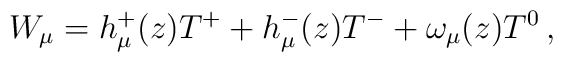
W_\mu = h_{\mu}^+ (z) T^+ + h_{\mu}^- (z) T^- +\omega_\mu (z) T^0 \,,